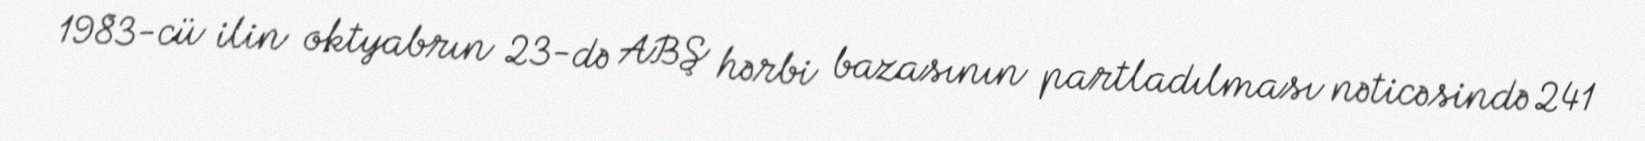
1983-cü ilin oktyabrın 23-də ABŞ hərbi bazasının partladılması nəticəsində 241